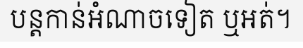
បន្តកាន់អំណាចទៀត ឬអត់។